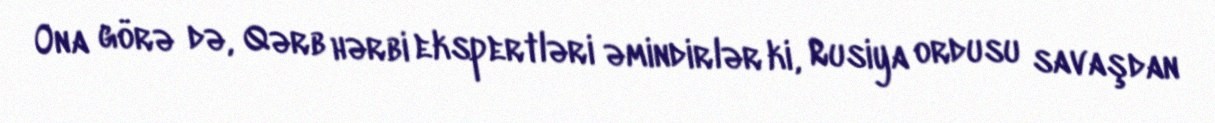
Ona görə də, Qərb hərbi ekspertləri əmindirlər ki, Rusiya ordusu savaşdan